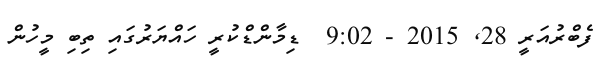
ފެބްރުއަރީ 28